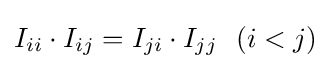
I_{ii}\cdot I_{ij}=I_{ji}\cdot I_{jj}\ \ (i<j)